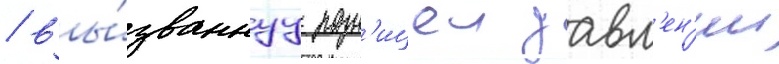
/ вы́званнуу разн'ицеи давл'ен'ии